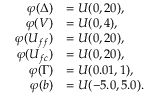
\begin{array} { r l } { \varphi ( \Delta ) } & { = U ( 0 , 2 0 ) , } \\ { \varphi ( V ) } & { = U ( 0 , 4 ) , } \\ { \varphi ( U _ { f f } ) } & { = U ( 0 , 2 0 ) , } \\ { \varphi ( U _ { f c } ) } & { = U ( 0 , 2 0 ) , } \\ { \varphi ( \Gamma ) } & { = U ( 0 . 0 1 , 1 ) , } \\ { \varphi ( b ) } & { = U ( - 5 . 0 , 5 . 0 ) . } \end{array}